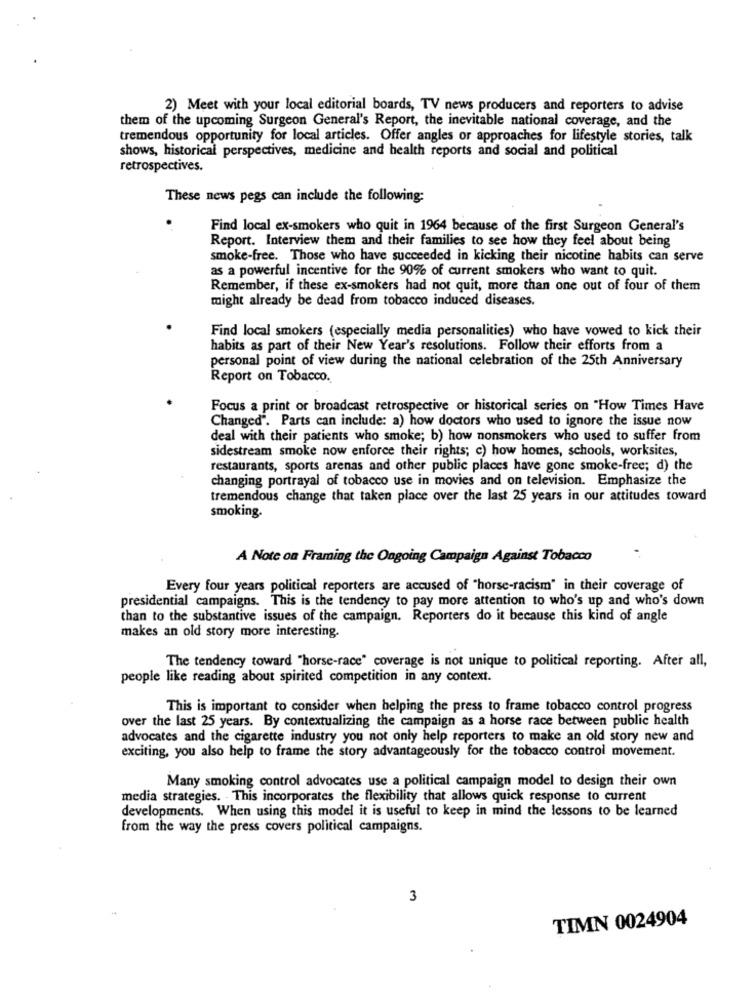
2) Meet with your local editorial boards, TV news producers and reporters to advise
them of the upcoming Surgeon General's Report, the inevitable national coverage, and the
tremendous opportunity for local articles. Offer angles or approaches for lifestyle stories, talk
shows, historical perspectives, medicine and health reports and social and political
retrospectives.
These news pegs can include the following:
Find local ex-smokers who quit in 1964 because of the first Surgeon General's
Report. Interview them and their families to see how they feel about being
smoke-free. Those who have succeeded in kicking their nicotine habits can serve
as a powerful incentive for the 90% of current smokers who want to quit.
Remember, if these ex-smokers had not quit, more than one out of four of them
might already be dead from tobacco induced diseases.
Find local smokers (especially media personalities) who have vowed to kick their
habits as part of their New Year's resolutions. Follow their efforts from a
personal point of view during the national celebration of the 25th Anniversary
Report on Tobacco.
Focus a print or broadcast retrospective or historical series on "How Times Have
Changed". Parts can include: a) how doctors who used to ignore the issue now
deal with their patients who smoke; b) how nonsmokers who used to suffer from
sidestream smoke now enforce their rights; c) how homes, schools, worksites,
restaurants, sports arenas and other public places have gone smoke-free; d) the
changing portrayal of tobacco use in movies and on television. Emphasize the
tremendous change that taken place over the last 25 years in our attitudes toward
smoking.
A Note on Framing the Ongoing Campaign Against Tobacco
Every four years political reporters are accused of "horse-racism" in their coverage of
presidential campaigns. This is the tendency to pay more attention to who's up and who's down
than to the substantive issues of the campaign. Reporters do it because this kind of angle
makes an old story more interesting.
The tendency toward "horse-race" coverage is not unique to political reporting. After all,
people like reading about spirited competition in any context.
This is important to consider when helping the press to frame tobacco control progress
over the last 25 years. By contextualizing the campaign as a horse race between public health
advocates and the cigarette industry you not only help reporters to make an old story new and
exciting, you also help to frame the story advantageously for the tobacco control movement.
Many smoking control advocates use a political campaign model to design their own
media strategies. This incorporates the flexibility that allows quick response to current
developments. When using this model it is useful to keep in mind the lessons to be learned
from the way the press covers political campaigns.
3
TIMN 0024904